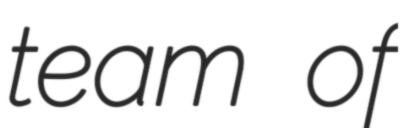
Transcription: team of